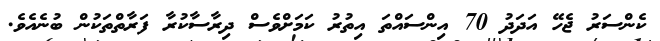
ކެންސަރު ޖެހޭ އަދަދު 70 އިންސައްތަ އިތުރު ކަމަށްވެސް ދިރާސާކުރާ ފަރާތްތަކުން ބުނެއެވެ.